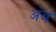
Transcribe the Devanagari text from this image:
अंब